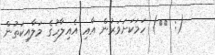
(: ٥٦) ހަމަކަށަވަރުން އާއި އެއިލާހުގެ މަލާއިކަތުން